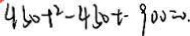
4 3 0 + ^ { 2 } - 4 3 0 t - 9 0 0 = 0 . .